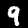
Digit: 9